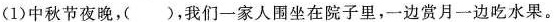
(1)中秋节夜晚，()，我们一家人围坐在院子里，一边赏月一边吃水果。